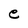
Character: e